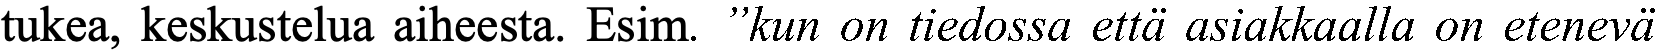
tukea, keskustelua aiheesta. Esim. ”kun on tiedossa että asiakkaalla on etenevä